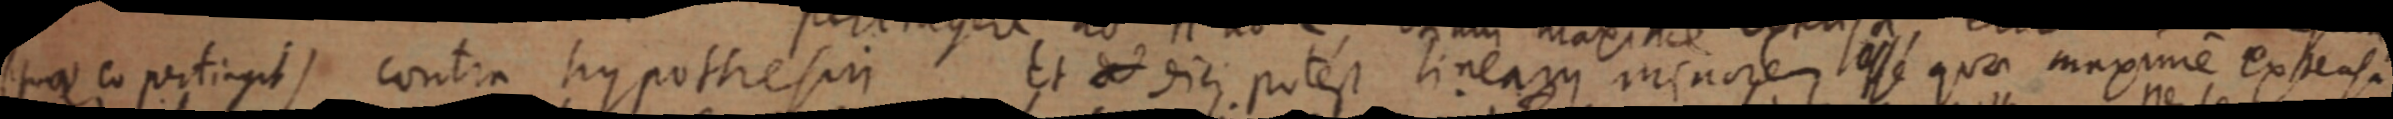
(suas eo pertigit) contra hypothesin Et de dici potest lineam minore esse quae maxime extensa